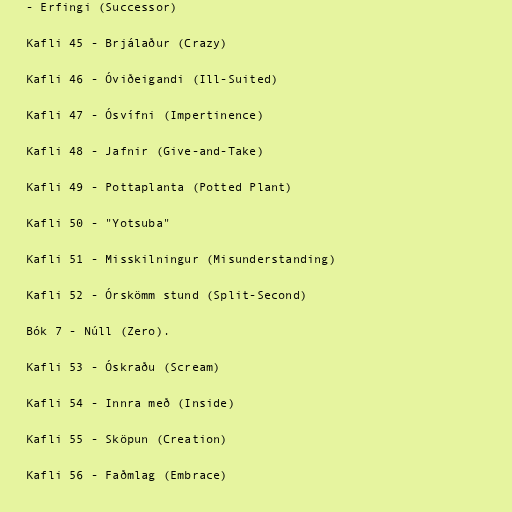
- Erfingi (Successor)

Kafli 45 - Brjálaður (Crazy)

Kafli 46 - Óviðeigandi (Ill-Suited)

Kafli 47 - Ósvífni (Impertinence)

Kafli 48 - Jafnir (Give-and-Take)

Kafli 49 - Pottaplanta (Potted Plant)

Kafli 50 - "Yotsuba"

Kafli 51 - Misskilningur (Misunderstanding)

Kafli 52 - Órskömm stund (Split-Second)

Bók 7 - Núll (Zero).

Kafli 53 - Óskraðu (Scream)

Kafli 54 - Innra með (Inside)

Kafli 55 - Sköpun (Creation)

Kafli 56 - Faðmlag (Embrace)